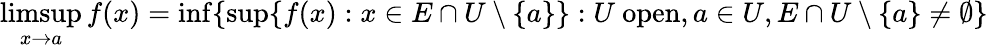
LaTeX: \operatorname*{limsup}_{x\to a}f(x)=\operatorname*{inf}\{ \operatorname*{sup}\{ f(x):x\in E\cap U\setminus\{ a\} \} :U\ \mathrm{open},a\in U,E\cap U\setminus\{ a\} \neq\emptyset\}